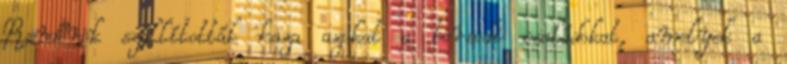
Rendőrök szállították haza azokat a borsodi családokat, amelyek a